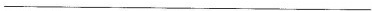
___